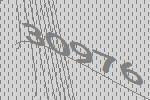
30976